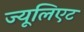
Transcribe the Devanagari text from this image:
ज्यूलिएट